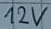
Text: 12V